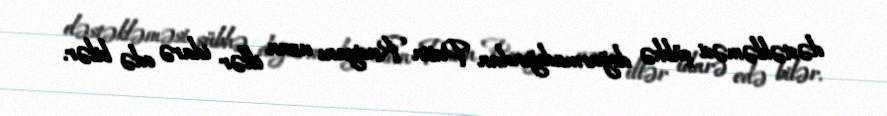
dəstəkləməsi şübhə doğurmadığından Putin Rusiyanı uzun illər idarə edə bilər.